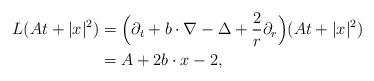
LaTeX: \begin{align*}L(At+|x|^{2})&=\Big(\partial_t+ b\cdot \nabla -\Delta +\frac{2}{r}\partial_r\Big)(At+|x|^{2})\\&=A+2 b\cdot x-2,\end{align*}